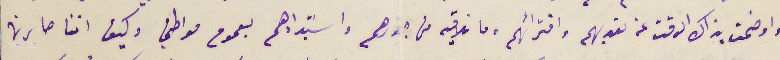
واوضحت بذاك الوقت عن تعديهم وافترائهم وما نلاقيه من جورهم واسَتبدادهم بعموم مواطني وكيف اننا صابربن